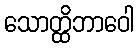
သောတ္ထိဘာဝေါ